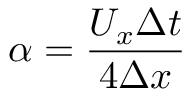
\alpha = { \frac { U _ { x } \Delta t } { 4 \Delta x } }